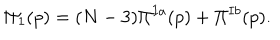
LaTeX: \Pi _ { 1 } ( p ) = ( N - 3 ) \Pi ^ { I a } ( p ) + \Pi ^ { I b } ( p ) .